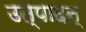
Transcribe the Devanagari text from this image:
उत्पादन्